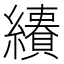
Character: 𦇅